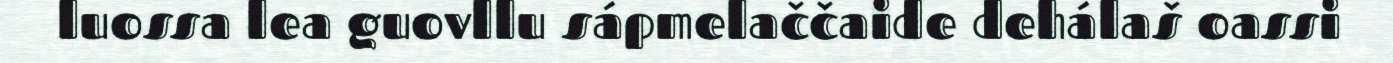
luossa lea guovllu sápmelaččaide dehálaš oassi